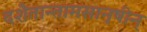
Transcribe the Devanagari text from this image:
दशैतान्तामसानृषीन्